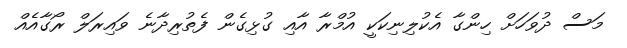
މަސް ދުވަހަށް ހިންގާ އެކުލިނިކަކީ އުމްރާ އާއި ގުޅިގެން ފެތުރިދާނެ ވައިރަލް ރޯގާއެއް